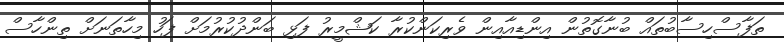
ތަފާސްހިސާބުތައް ބުނާގޮތުން އިންޑިއާއިން ވެރިކަންކުރާ ކަޝްމީރު ފަޅި ބަންދުކުރުމަށް ފަހު މިހާތަނަށް ތިންހާސް